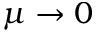
\mu \rightarrow 0